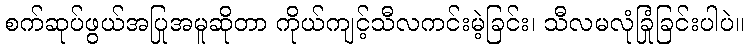
စက်ဆုပ်ဖွယ်အပြုအမူဆိုတာ ကိုယ်ကျင့်သီလကင်းမဲ့ခြင်း၊ သီလမလုံခြုံခြင်းပါပဲ။